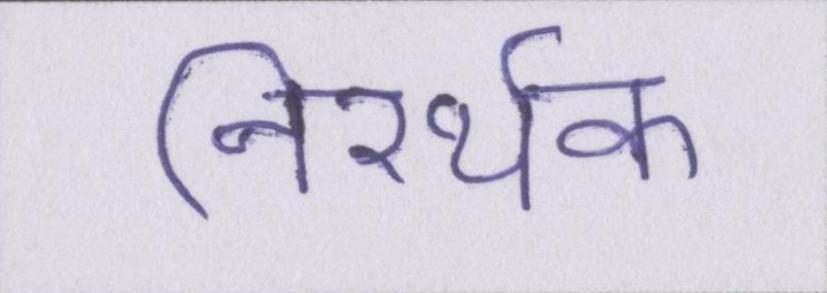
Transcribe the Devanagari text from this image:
निरर्थक